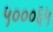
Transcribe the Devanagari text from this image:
५०००६५